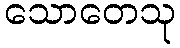
သောတေသု